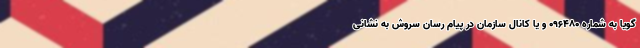
گویا به شماره ۰۹۶۴۸۰ و یا کانال سازمان در پیام رسان سروش به نشانی